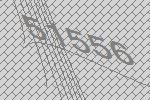
51556